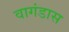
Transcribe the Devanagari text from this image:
वागंडास